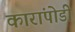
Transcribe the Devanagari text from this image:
कारांपोडी